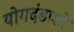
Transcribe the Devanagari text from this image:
योगदंडाशी